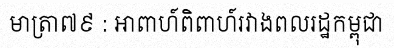
មាត្រា៧៩ : អាពាហ៍ពិពាហ៍រវាងពលរដ្ឋកម្ពុជា